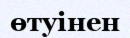
өтуінен